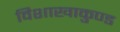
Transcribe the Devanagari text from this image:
विशाखाकुण्ड